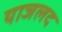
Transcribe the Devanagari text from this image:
याजलद